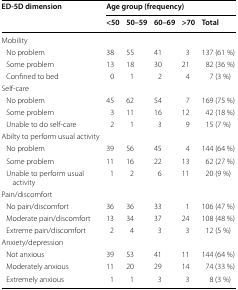
<table><thead><tr><td rowspan="2"><b>ED-5D dimension</b></td><td colspan="5"><b>Age group (frequency)</b></td></tr><tr><td><b>&lt;50</b></td><td><b>50–59</b></td><td><b>60–69</b></td><td><b>&gt;70</b></td><td><b>Total</b></td></tr></thead><tbody><tr><td colspan="6">Mobility</td></tr><tr><td> No problem</td><td>38</td><td>55</td><td>41</td><td>3</td><td>137 (61 %)</td></tr><tr><td> Some problem</td><td>13</td><td>18</td><td>30</td><td>21</td><td>82 (36 %)</td></tr><tr><td> Confined to bed</td><td>0</td><td>1</td><td>2</td><td>4</td><td>7 (3 %)</td></tr><tr><td colspan="6">Self-care</td></tr><tr><td> No problem</td><td>45</td><td>62</td><td>54</td><td>7</td><td>169 (75 %)</td></tr><tr><td> Some problem</td><td>3</td><td>11</td><td>16</td><td>12</td><td>42 (18 %)</td></tr><tr><td> Unable to do self-care</td><td>2</td><td>1</td><td>3</td><td>9</td><td>15 (7 %)</td></tr><tr><td colspan="6">Abilty to perform usual activity</td></tr><tr><td> No problem</td><td>39</td><td>56</td><td>45</td><td>4</td><td>144 (64 %)</td></tr><tr><td> Some problem</td><td>11</td><td>16</td><td>22</td><td>13</td><td>62 (27 %)</td></tr><tr><td> Unable to perform usual activity</td><td>1</td><td>2</td><td>6</td><td>11</td><td>20 (9 %)</td></tr><tr><td colspan="6">Pain/discomfort</td></tr><tr><td> No pain/discomfort</td><td>36</td><td>36</td><td>33</td><td>1</td><td>106 (47 %)</td></tr><tr><td> Moderate pain/discomfort</td><td>13</td><td>34</td><td>37</td><td>24</td><td>108 (48 %)</td></tr><tr><td> Extreme pain/discomfort</td><td>2</td><td>4</td><td>3</td><td>3</td><td>12 (5 %)</td></tr><tr><td colspan="6">Anxiety/depression</td></tr><tr><td> Not anxious</td><td>39</td><td>53</td><td>41</td><td>11</td><td>144 (64 %)</td></tr><tr><td> Moderately anxious</td><td>11</td><td>20</td><td>29</td><td>14</td><td>74 (33 %)</td></tr><tr><td> Extremely anxious</td><td>1</td><td>1</td><td>3</td><td>3</td><td>8 (3 %)</td></tr></tbody></table>